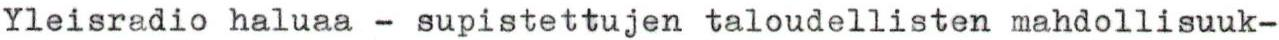
Yleisradio haluaa - supistettujen taloudellisten mahdollisuuk-